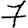
Digit: 7